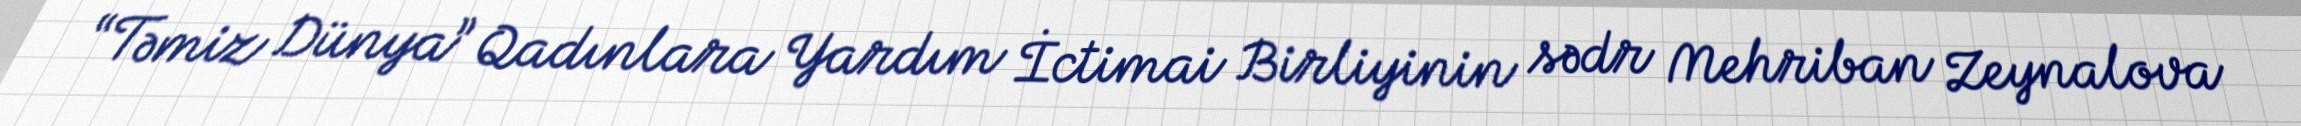
“Təmiz Dünya” Qadınlara Yardım İctimai Birliyinin sədr Mehriban Zeynalova